Vaccination in the Punjab 1905-1918 - 1905-1918
Year: 1905
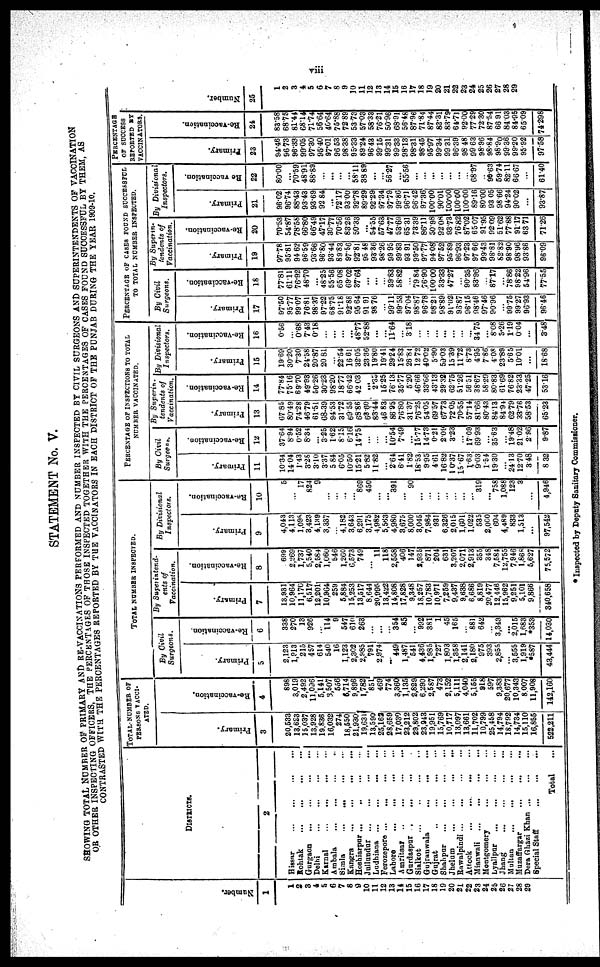
viii
STATEMENT No. V.
SHOWING TOTAL NUMBER OF PRIMARY AND RE-VACCINATIONS PERFORMED AND NUMBER INSPECTED BY CIVIL SURGEONS AND SUPERINTENDENTS OF VACCINATION
OR OTHER INSPECTING OFFICERS, THE PERCENTAGES OF THOSE INSPECTED TOGETHER WITH THE PERCENTAGES OF CASES FOUND SUCCESSFUL BY THEM, AS
CONTRASTED WITH THE PERCENTAGES REPORTED BY THE VACCINATORS IN EACH DISTRICT OF THE PUNJAB DURING THE YEAR 1909-10.
Number.
1
1
2
3
4
5
6
7
8
9
10
11
12
13
14
15
16
17
18
19
20
21
22
23
24
25
26
27
28
29
DISTRICTS.
2
Hissar ... ... ... ...
Rohtak
...
. . . ... ...
Gurgaon
...
...
...
...
Delhi
...
...
...
...
Karnal ... ... ... ...
Ambala ... ... ... ...
Simla
...
...
...
...
Kangra
...
...
...
...
Hoshiarpur
...
...
...
...
Jullundur
...
...
...
...
Ludhiana ... ... ... ...
Ferozepore
...
...
...
...
Lahore
...
...
...
...
Amritsar
...
...
...
...
Gurdaspur ... ... ... ...
Sialkot
...
...
...
...
Gujranwala
...
...
...
...
Gujrat
...
...
...
...
Shahpur
...
...
...
...
Jhelum
...
...
...
...
Rawalpindi
...
...
...
...
Attock
...
...
...
...
Mianwali
...
...
...
...
Montgomery
...
...
...
...
Lyallpur ... ... ... ...
Jhang
...
...
...
...
Multan
...
...
...
...
Muzaffargar
...
...
...
...
Dera Ghazi Khan
...
...
...
Special Staff ... ... ...
Total ...
TOTAL NUMBER OF
PERSONS VACCI¬
ATED.
Primary.
3
20,533
13,623
15,037
13,928
19,836
16,032
274
18,550
21,930
19,631
13,590
25,162
28,659
17,030
23,212
29,802
23,943
19,951
15,769
10,717
13,097
13,661
11,702
10,799
25,458
14,794
18,792
14,734
15,110
16,855
522,211
Re-vaccination.
4
898
3,019
2,492
11,096
5,141
3,507
556
6,714
9,896
1,782
851
469
774
3,360
1,135
2,829
6,290
2,587
473
2,152
5,111
4,040
5,155
918
597
9,383
20,677
10,343
8,007
11,908
142,160
TOTAL NUMBER INSPECTED.
By Civil
Surgeons.
Primary.
5
2,123
1,913
215
457
614
540
16
1,123
2,302
2,985
791
2,974
...
449
1,487
541
4,436
1,985
727
1,803
1,358
2,141
2,180
975
393
2,855
...
3,555
1,919
*587
43,444
Re-vaccination.
6
338
270
13
926
...
114
9
547
610
263
...
...
...
354
85
...
992
381
1
45
165
...
881
642
...
3,343
...
2,015
1,683
*353
14,030
By Superintend¬
ents of
Vaccination.
Primary.
7
13,931
10,964
11,170
6,517
12,201
10,964
259
5,884
15,253
13,517
8,644
20,995
13,422
14,808
17,828
9,348
18,257
10,783
10,971
7,259
9,437
9,638
6,686
8,819
20,477
12,446
15,962
9,251
5,101
9,866
340,658
Re-vaccination.
8
699
2,269
1,737
5,540
2,584
1,060
546
1,260
6,573
749
...
11
118
2,558
406
147
2,935
871
204
631
3,207
2,071
2,913
355
348
7,584
12,755
7,946
l,868
5,627
75,572
By Divisional
Inspectors.
Primary.
9
4,043
4,113
1,098
3,423
4,139
3,337
...
4,182
3,643
6,291
3,175
4,982
5,563
4,980
3,675
8,000
3,045
7,984
931
6,326
2,015
1,601
1,022
535
2,000
604
4,489
833
1,513
...
97,542
Re-vaccination.
10
5
...
17
824
9
...
...
...
...
869
450
...
...
391
...
90
...
...
...
...
...
...
...
319
...
758
1,088
123
3
...
4,946
PERCENTAGE OF INSPECTIONS TO TOTAL
NUMBER VACCINATED.
By Civil
Surgeons.
Primary.
11
10.34
14.04
1.43
3.28
3.10
3.37
5.84
6.05
10.50
15.21
5.82
11.82
...
2.64
6.41
1.82
18.53
9.95
4.61
16.82
10.37
15.67
1.63
9.03
1.54
19.30
...
24.13
12.70
3.48
8.32
Re-vaccination.
12
37.64
8.94
0.52
8.34
...
3.25
1.62
8.15
6.16
14.75
...
...
...
10.54
7.49
...
15.77
14.73
0.21
2.09
3.23
...
17.09
69.93
...
35.63
...
19.48
21.02
2.96
9.87
By Superin¬
tendents of
Vaccination.
Primary.
13
67.85
80.49
74.28
46.79
61.51
68.39
94.53
31.72
69.55
68.86
63.60
83.44
46.83
86.95
76.80
31.37
76.25
54.05
69.57
67.73
72.05
70.55
57.14
81.66
80.43
84.13
84.94
62.79
33.76
58.53
65.23
Re-vaccination.
14
77.84
75.16
69.70
49.93
50.26
30.23
98.20
18.77
66.42
42.03
...
2.35
15.25
76.13
35.77
5.20
46.66
33.66
43.13
29.32
62.75
51.26
56.51
38.67
58.29
80.83
61.69
76.82
23.33
47.25
53.16
By Divisional
Inspectors.
Primary.
15
19.69
30.20
7.30
24.58
20.87
20.81
...
22.54
16.61
32.05
23.36
19.80
19.41
29.24
15.83
26.84
12.72
40.02
5.90
59.03
15.39
11.72
8.73
4.95
7.86
4.08
23.89
5.65
10.01
...
18.68
Re-vaccination.
16
0.56
...
0.68
7.43
0.18
...
...
...
...
48.77
52.88
...
...
11.64
...
3.18
...
...
...
...
...
...
...
34.75
...
8.08
5.26
1.19
0.04
...
3.48
PERCENTAGE OF CASES FOUND SUCCESSFUL
TO TOTAL NUMBER INSPECTED.
By Civil
Surgeons.
Primary.
17
97.50
95.77
99.07
76.81
98.37
97.22
68.75
91.18
92.88
95.64
91.91
98.76
...
99.11
99.53
97.04
98.87
96.78
98.21
98.89
91.02
96.87
96.15
98.46
97.46
90.96
...
99.75
99.27
96.93
96.46
Re-vaccination.
18
77.81
61.11
76.92
48.70
...
48.25
55.56
65.08
69.02
37.64
...
...
...
39.83
58.82
...
79.84
76.90
100.00
33.33
47.27
...
90.35
83.96
...
87.17
...
78.86
98.22
54.96
77.55
By Superin-
tendents of
Vaccination.
Primary.
19
97.78
95.81
94.62
96.59
93.66
96.80
93.44
89.83
97.56
92.81
95.48
93.36
98.26
99.95
99.83
93.91
99.50
97.77
94.08
97.52
95.89
96.93
97.23
97.66
99.43
98.81
82.82
98.90
98.96
93.86
96.09
Re-vaccination.
20
70.53
54.87
78.58
66.80
66.49
47.17
30.77
70.56
83.26
50.33
...
54.55
57.63
47.77
53.69
65.31
73.39
86.11
50.98
92.08
93.73
76.82
87.02
65.07
91.95
92.09
51.62
77.88
91.17
63.71
71.26
By Divisional
Inspectors.
Primary.
21
96.02
96.74
88.43
93.43
93.69
92.84
...
72.17
93.00
92.78
89.29
92.29
97.34
97.79
99.86
96.71
96.42
97.36
100.00
90.01
100.00
100.00
100.00
89.16
80.00
93.05
98.66
94.24
90.02
...
93.87
Re-vaccination.
22
80.00
...
70.59
48.91
88.89
...
...
...
...
58.11
38.89
...
...
56.27
...
55.56
...
...
...
...
...
...
...
68.97
...
90.63
59.74
82.11
66.67
...
61.40
PERCENTAGE
OF SUCCESS
REPORTED BY
VACCINATORS.
Primary.
23
94.46
96.73
96.33
99.05
97.30
95.40
97.01
96.53
98.38
95.33
89.24
96.43
99.15
99.31
99.33
98.13
98.31
98.45
95.97
99.34
99.31
96.39
98.48
99.63
98.96
98.84
98.90
99.36
99.20
95.92
97.58
Re-vaccination.
24
83.58
68.75
81.44
68.14
71.74
56.64
40.64
75.88
72.89
53.73
57.03
58.33
76.21
50.96
68.91
56.48
87.96
71.84
87.44
83.31
83.79
64.71
92.00
77.29
72.30
87.54
66.91
84.03
84.95
65.09
74.298
Number.
25
1
2
3
4
5
6
7
8
9
10
11
12
13
14
15
16
17
18
19
20
21
22
23
24
25
26
27
28
29
* Inspected by Deputy Sanitary Commissioner.